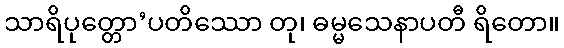
သာရိပုတ္တော’ပတိဿော တု၊ ဓမ္မသေနာပတီ ရိတော။